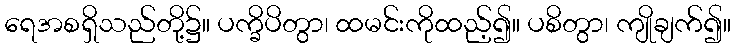
ရေအစရှိသည်တို့၌။ ပက္ခိပိတွာ၊ ထမင်းကိုထည့်၍။ ပစိတွာ၊ ကျိုချက်၍။